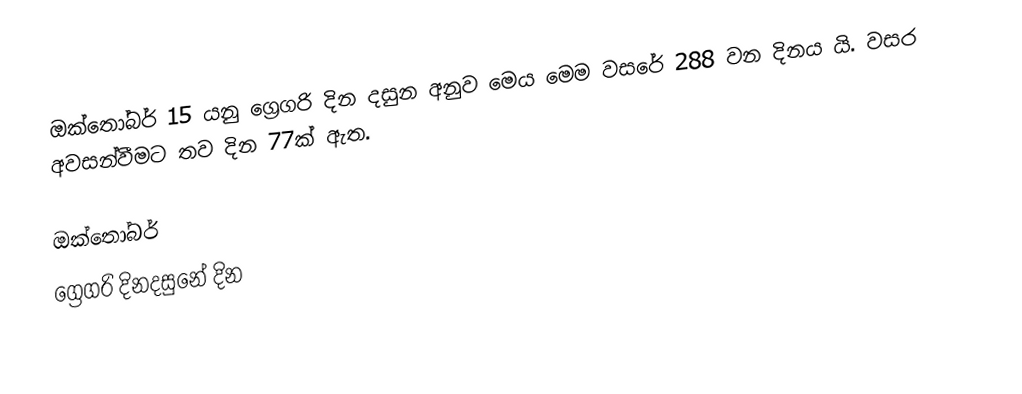
ඔක්තෝබර් 15 යනු ග්‍රෙගරි දින දසුන අනුව මෙය මෙම වසරේ 288 වන දිනය යි. වසර අවසන්වීමට තව දින 77ක් ඇත.

ඔක්තෝබර්
ග්‍රෙගරි දිනදසුනේ දින